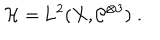
\mathcal H = \mathrm { L } ^ { 2 } ( X , \mathcal C ^ { \otimes 3 } ) \; .